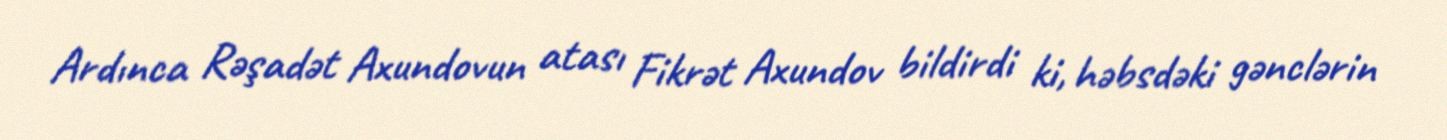
Ardınca Rəşadət Axundovun atası Fikrət Axundov bildirdi ki, həbsdəki gənclərin